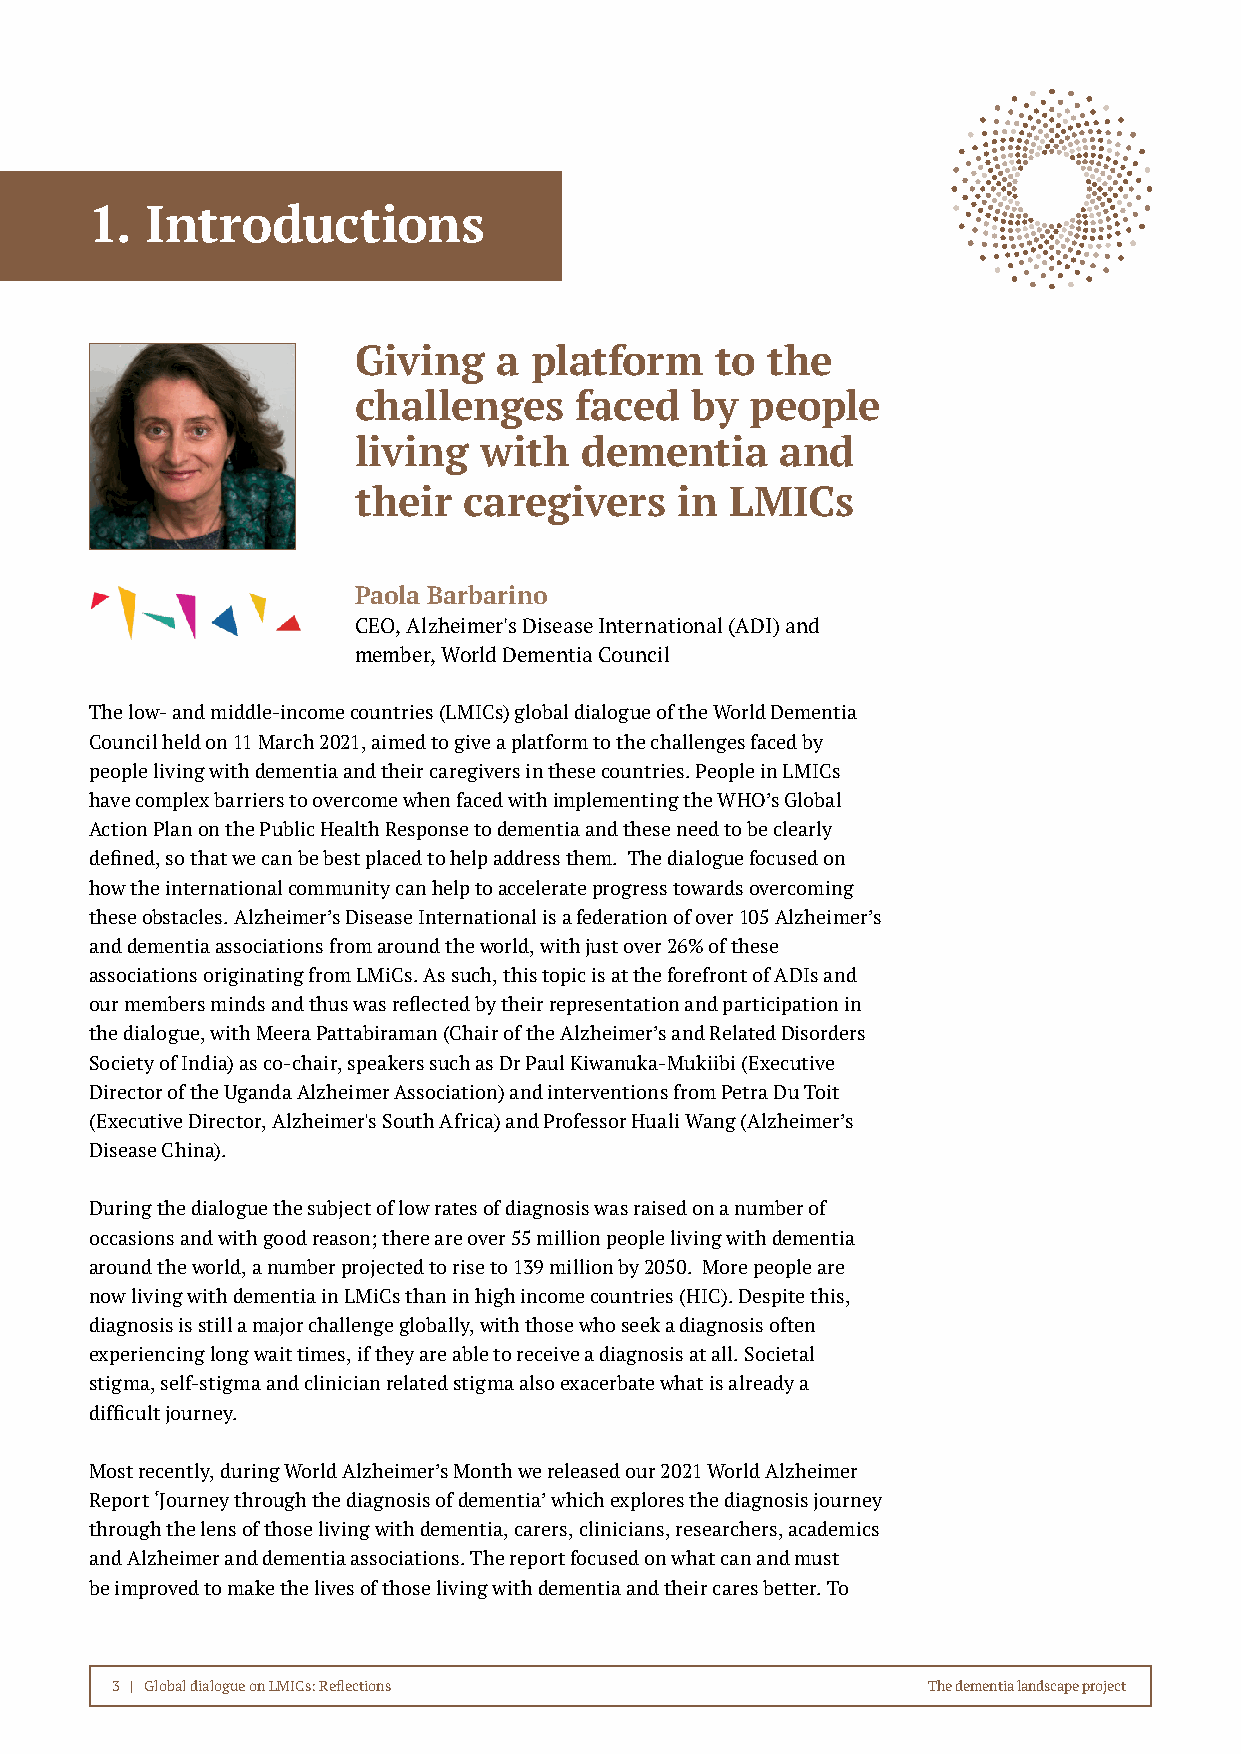
ss
 1.  Introductions
 Giving    a platform    to  the
 challenges     faced   by  people
 living   with   dementia     and
 their   caregivers    in LMICs
 Paola Barbarino
 CEO, Alzheimer's Disease International (ADI) and
 member, World Dementia Council
 The low- and middle-income countries (LMICs) global dialogue of the World Dementia
 Council held on 11 March 2021, aimed to give a platform to the challenges faced by
 people living with dementia and their caregivers in these countries. People in LMICs
 have complex barriers to overcome when faced with implementing the WHO’s Global
 Action Plan on the Public Health Response to dementia and these need to be clearly
 defined, so that we can be best placed to help address them. The dialogue focused on
 how the international community can help to accelerate progress towards overcoming
 these obstacles. Alzheimer’s Disease International is a federation of over 105 Alzheimer’s
 and dementia associations from around the world, with just over 26% of these
 associations originating from LMiCs. As such, this topic is at the forefront of ADIs and
 our members minds and thus was reflected by their representation and participation in
 the dialogue, with Meera Pattabiraman (Chair of the Alzheimer’s and Related Disorders
 Society of India) as co-chair, speakers such as Dr Paul Kiwanuka-Mukiibi (Executive
 Director of the Uganda Alzheimer Association) and interventions from Petra Du Toit
 (Executive Director, Alzheimer's South Africa) and Professor Huali Wang (Alzheimer’s
 Disease China).
 During the dialogue the subject of low rates of diagnosis was raised on a number of
 occasions and with good reason; there are over 55 million people living with dementia
 around the world, a number projected to rise to 139 million by 2050. More people are
 now living with dementia in LMiCs than in high income countries (HIC). Despite this,
 diagnosis is still a major challenge globally, with those who seek a diagnosis often
 experiencing long wait times, if they are able to receive a diagnosis at all. Societal
 stigma, self-stigma and clinician related stigma also exacerbate what is already a
 difficult journey.
 Most recently, during World Alzheimer’s Month we released our 2021 World Alzheimer
 Report ‘Journey through the diagnosis of dementia’ which explores the diagnosis journey
 through the lens of those living with dementia, carers, clinicians, researchers, academics
 and Alzheimer and dementia associations. The report focused on what can and must
 be improved to make the lives of those living with dementia and their cares better. To
 3 | Global dialogue on LMICs: Reflections             The dementia landscape project